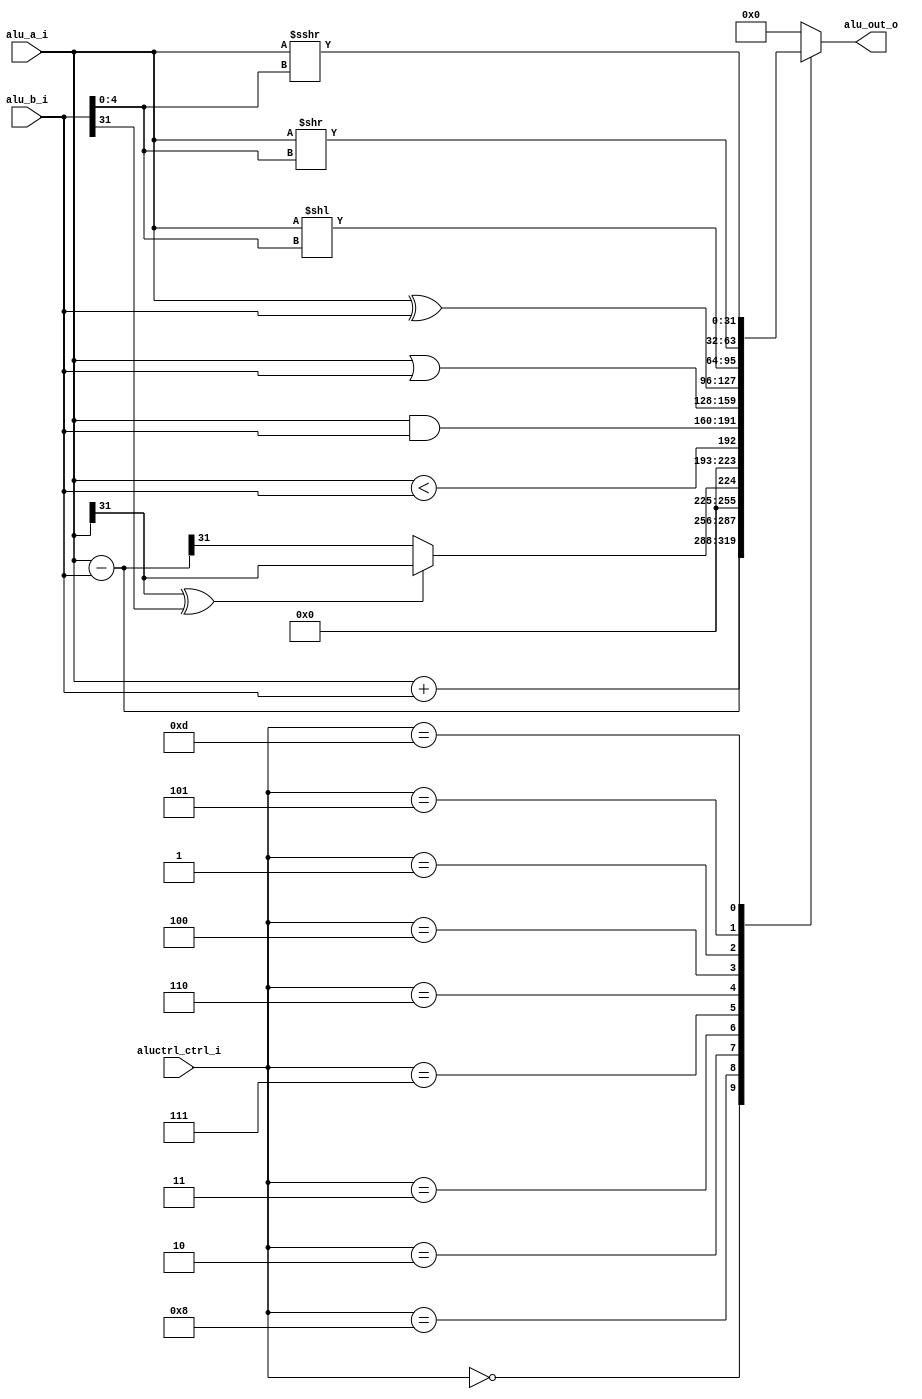
// This program was cloned from: https://github.com/matiasilva/riscv-cpu
// License: GNU General Public License v3.0

/*
[ctrl]
4'b0000 ADD
4'b1000 SUB
4'b0010 SLT
4'b0011 SLTU
4'b0111 AND
4'b0110 OR
4'b0100 XOR
4'b0001 SLL
4'b0101 SRL
4'b1101 SRA
*/

module alu (
    input  [31:0] alu_a_i,
    input  [31:0] alu_b_i,
    input  [ 3:0] aluctrl_ctrl_i,
    output [31:0] alu_out_o
);

  localparam OP_ADD = 4'b0000;
  localparam OP_SUB = 4'b1000;
  localparam OP_SLT = 4'b0010;
  localparam OP_SLTU = 4'b0011;
  localparam OP_AND = 4'b0111;
  localparam OP_OR = 4'b0110;
  localparam OP_XOR = 4'b0100;
  localparam OP_SLL = 4'b0001;
  localparam OP_SRL = 4'b0101;
  localparam OP_SRA = 4'b1101;

  wire [31:0] diff = alu_a_i - alu_b_i;
  wire [ 4:0] shamt = alu_b_i[4:0];

  reg  [31:0] result;

  always @(*) begin
    result = 32'b0;
    case (aluctrl_ctrl_i)
      OP_ADD:  result = alu_a_i + alu_b_i;
      OP_SUB:  result = diff;
      OP_SLT: begin
        if (alu_a_i[31] ^ alu_b_i[31]) begin
          result = alu_a_i[31];
        end else begin
          result = diff[31];
        end
      end
      OP_SLTU: result = alu_a_i < alu_b_i;
      OP_AND:  result = alu_a_i & alu_b_i;
      OP_OR:   result = alu_a_i | alu_b_i;
      OP_XOR:  result = alu_a_i ^ alu_b_i;
      OP_SLL:  result = alu_a_i << shamt;
      OP_SRL:  result = alu_a_i >> shamt;
      OP_SRA:  result = $signed(alu_a_i) >>> shamt;
    endcase
  end

  assign alu_out_o = result;

endmodule